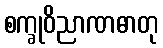
စက္ခုဝိညာဏဓာတု